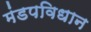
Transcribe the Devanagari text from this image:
मंडपविधान